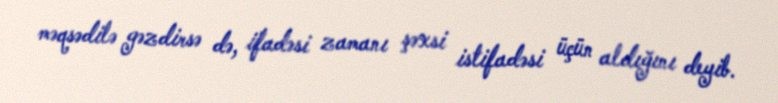
məqsədilə gəzdirsə də, ifadəsi zamanı şəxsi istifadəsi üçün aldığını deyib.